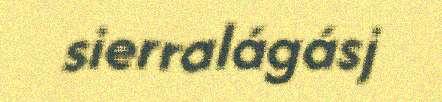
sierralágásj